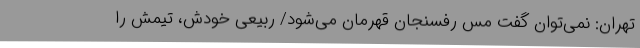
تهران: نمی‌توان گفت مس رفسنجان قهرمان می‌شود/ ربیعی خودش، تیمش را